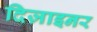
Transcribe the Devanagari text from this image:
दिज़ाइनर